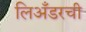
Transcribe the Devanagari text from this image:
लिअँडरची